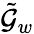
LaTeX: \tilde{\mathcal{G}}_{w}